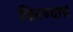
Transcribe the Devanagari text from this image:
फिरण्याचं